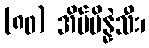
(၈၀) အိမ်ပိန္နဲသီး၊